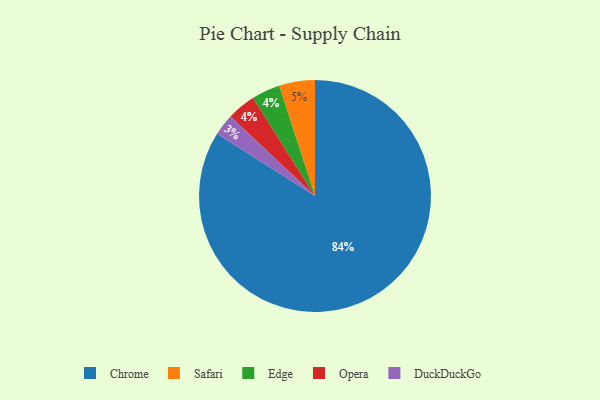
{"axis": {"x": "Category", "y": "Percentage"}, "legend": ["Chrome", "DuckDuckGo", "Edge", "Opera", "Safari"], "data": [{"x": "Edge", "y": 4, "type": "Edge"}, {"x": "Chrome", "y": 84, "type": "Chrome"}, {"x": "DuckDuckGo", "y": 3, "type": "DuckDuckGo"}, {"x": "Opera", "y": 4, "type": "Opera"}, {"x": "Safari", "y": 5, "type": "Safari"}]}